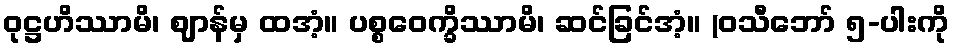
ဝုဋ္ဌဟိဿာမိ၊ ဈာန်မှ ထအံ့။ ပစ္စဝေက္ခိဿာမိ၊ ဆင်ခြင်အံ့။ (ဝသီဘော် ၅-ပါးကို